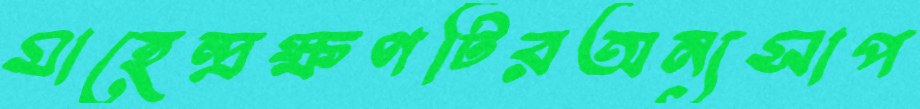
মাহেন্দ্রক্ষণটিরঅন্যসাপ